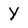
Character: Y